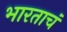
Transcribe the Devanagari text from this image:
भारताचं